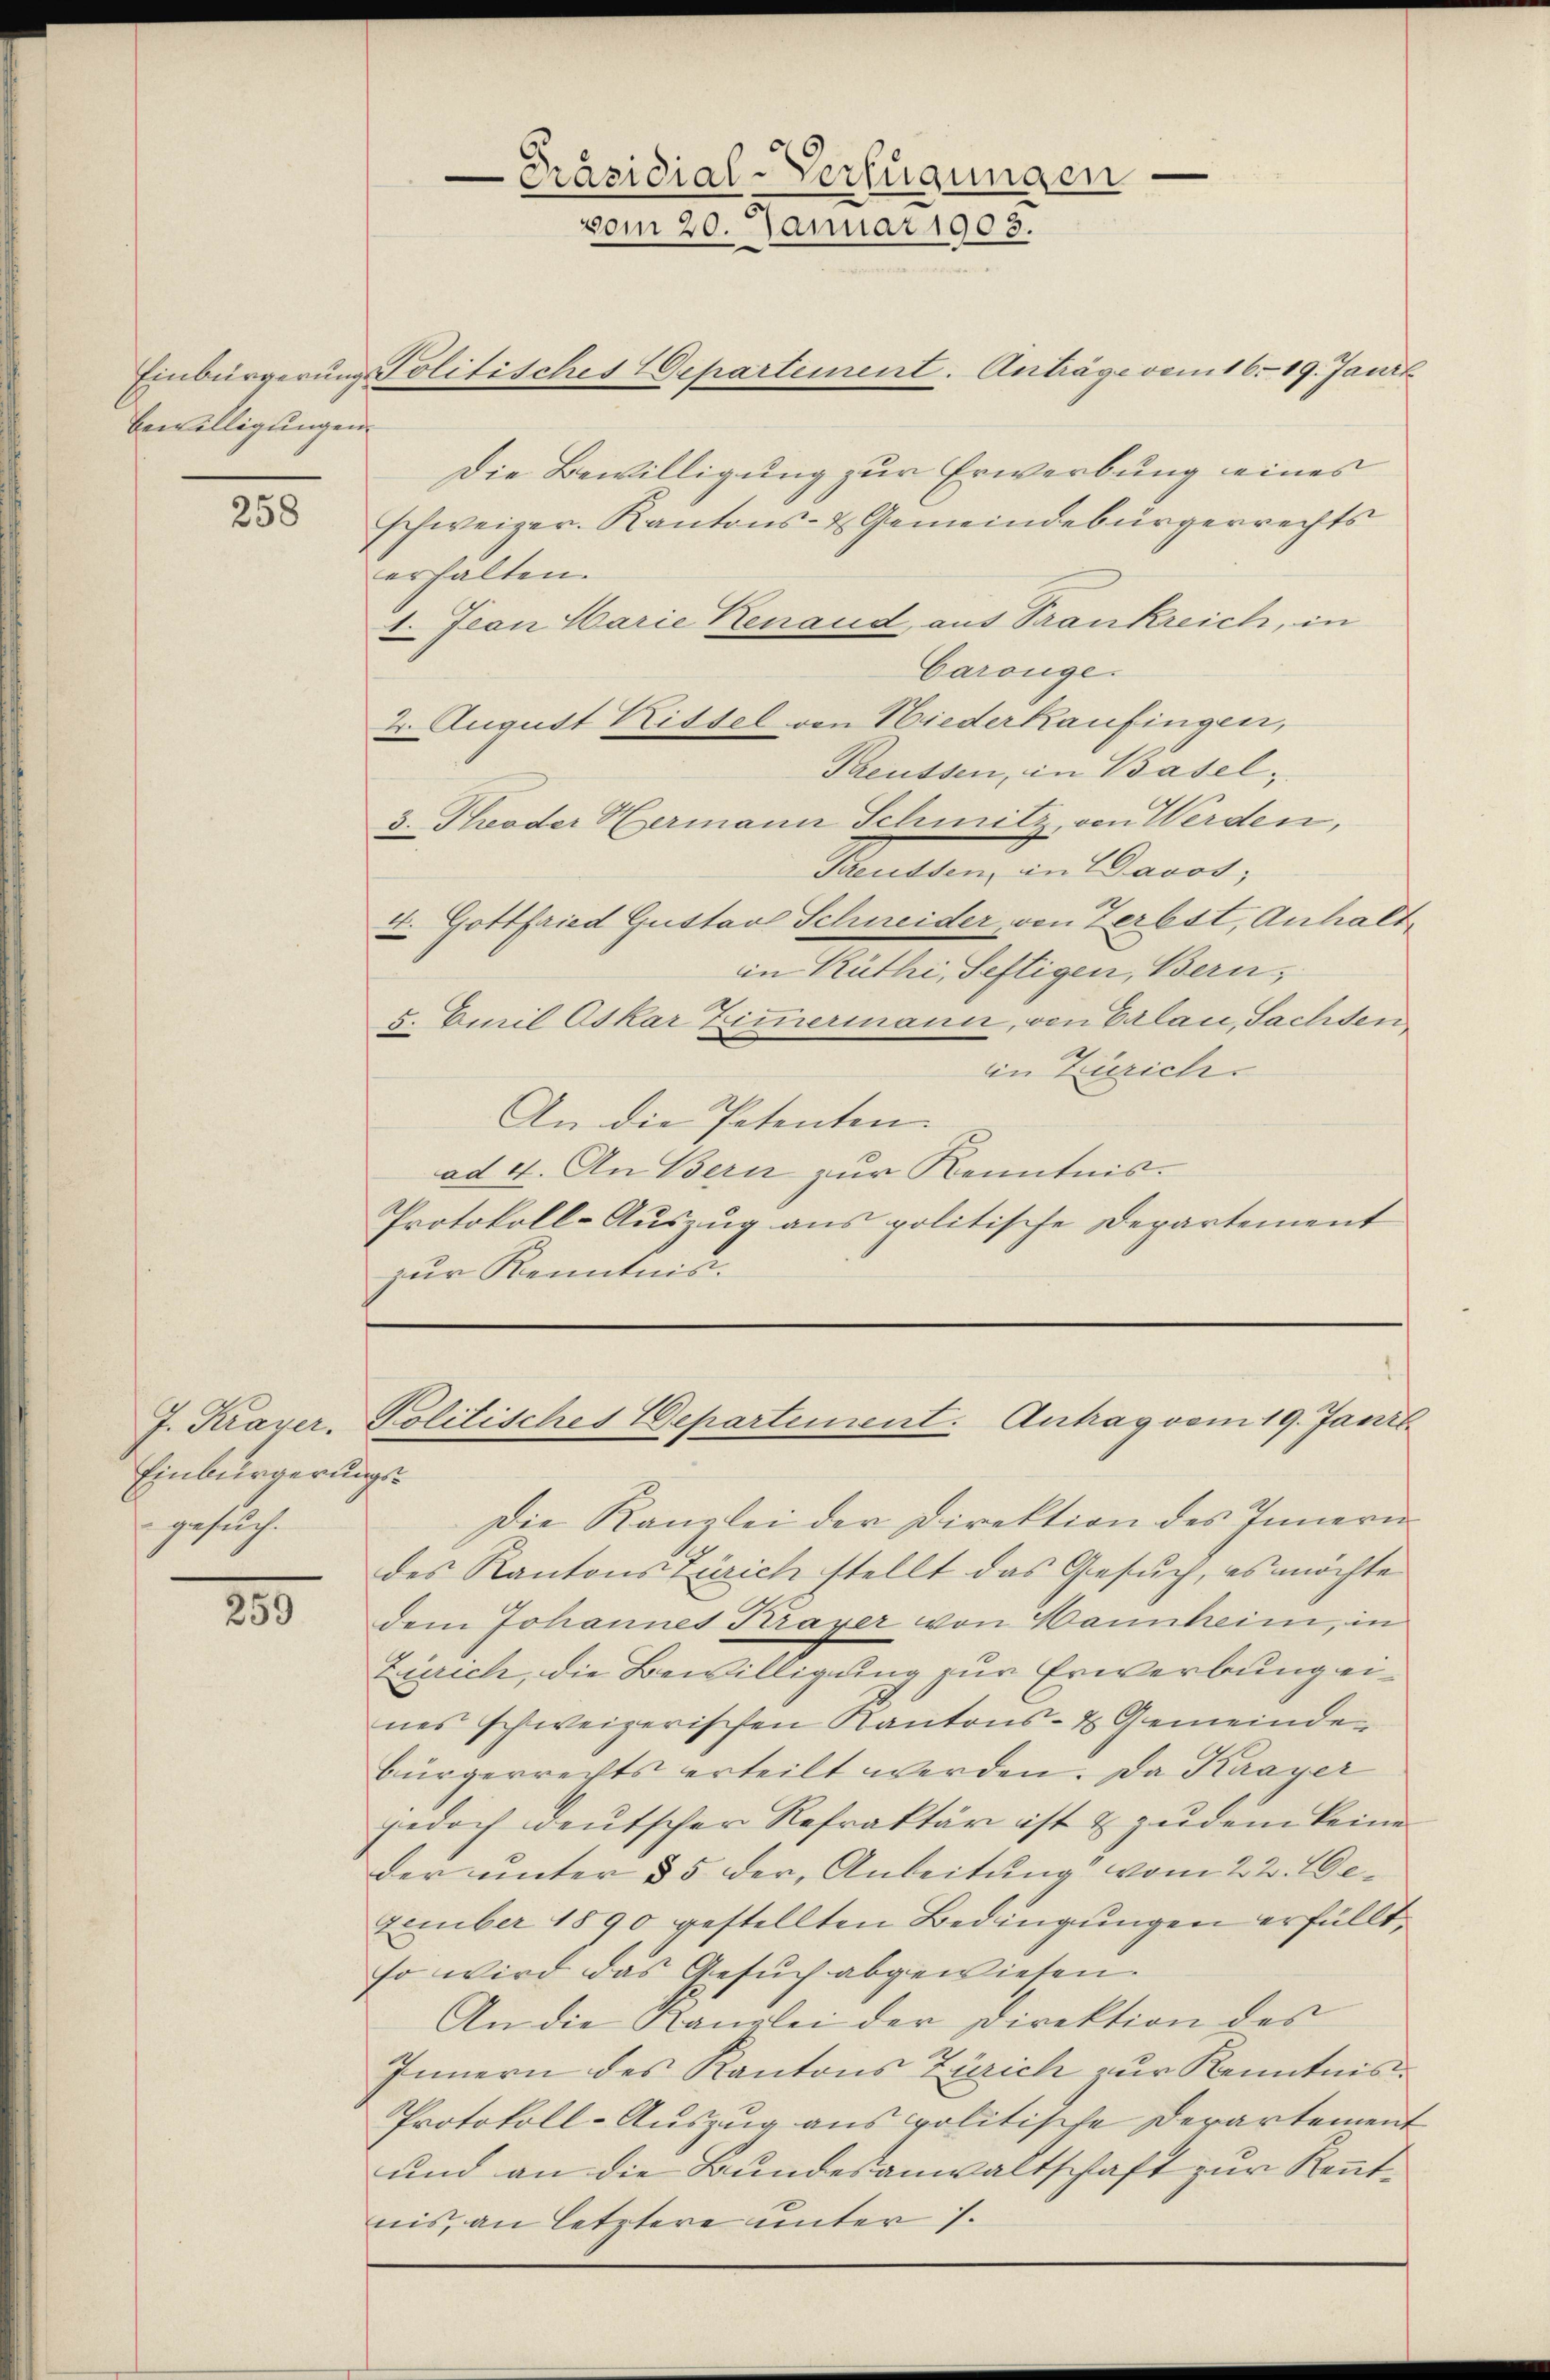
Bewilligungen

258

Einbürgerungs-
gesuch.

25

Einbürgerung Politisches Departement. Anträge vom 16. 19. Janit
Die Bewilligung zur Erwerbung eines
schweizer. Kantons- & Gemeindebürgerrechts
erhalten.
1. Jean Marie Renaud, aus Trankreich, in
Carönge.
2. August Rittel von Niederkaufingen,
Preussen, in Basel;
3. Kroder Hermann Schmitz, von Werden,
Preussen, in Davos;
L. Gottfried Gustav Schneider, von Zerbst, Anhalt
in Kuthi, Seftigen, Bern,
3. Emil Oskar Zimmermann, von Calau, Sachsen
in Zürich
An die Petenten.
ad 4. An Bern zur Kenntnis.
Protokoll-Auszug aus politische Departement
zur Kenntnis.

Präsidial-Verfügungen
vom 20. Januar 1903.

J. Kraver, Politisches Departement. Antrag vom 19. Janil

Die Kanzlei der Direktion des Innern
des Kantons Zürich stellt das Gesuch, es möchte
dem Johannes Krayer von Vannheim, in
Zürich, die Bewilligung zur Erwerbung eines schweizerischen Kantons- & Gemeindebürgerretts erteilt werden. Da Krayer
jedoch deutscher Refraktär ist & zudem keine
der unter § 5 der Anbeitung vom 22. Dezember 1890 gestellten Bedingungen erfüllt.
so wird das Gesuch abgewiesen.
An die Kanzlei der Direktion des
Innern des Kantons Zürich zur Kenntniss
Protokoll-Auszug aus politische Derartement
und an die Bundesanwaltschaft zur Kennt-
nis, an letztere unter 1.